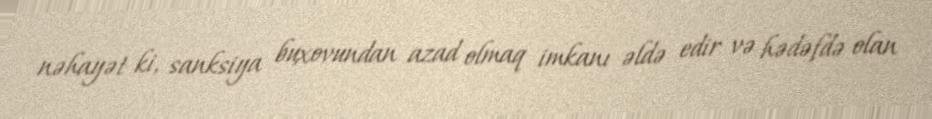
nəhayət ki, sanksiya buxovundan azad olmaq imkanı əldə edir və hədəfdə olan